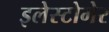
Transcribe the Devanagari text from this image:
इलेस्टोमेर